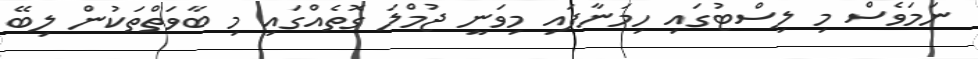
ނަމަވެސް މި ލިސްޓުގައި ހިމަނާފައި މިވަނީ ޖުމްލަ ގޮތެއްގައި މި ބާވަތްތަކުން ލިބޭ